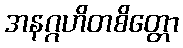
အနဂ္ဂဟိတစိတ္တော